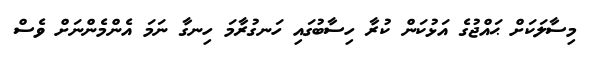
މިސާލަކަށް ޙައްޖުގެ އަޅުކަން ކުރާ ހިސާބުގައި ހަނގުރާމަ ހިނގާ ނަމަ އެންމެންނަށް ވެސް